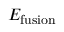
E _ { \mathrm { f u s i o n } }